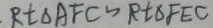
R t \Delta A F C \sim R t \Delta F E C